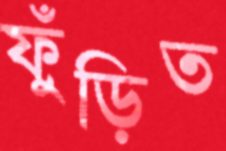
ফুঁড়িত